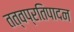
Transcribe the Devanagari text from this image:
तत्वप्रतिपादन